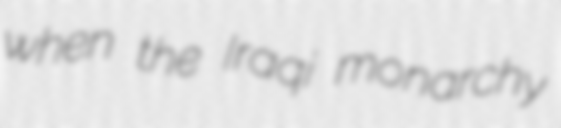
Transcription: when the Iraqi monarchy